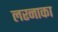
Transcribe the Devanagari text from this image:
लरनाका